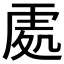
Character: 𠙚